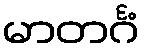
မာတင်္ဂံ